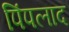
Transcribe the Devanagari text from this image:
पिंपलाद